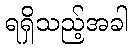
ရရှိသည့်အခါ